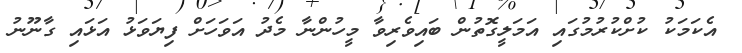
އެކަމަކު ކުށްކުރުމުގައި އަމަލީގޮތުން ބައިވެރިވާ މީހުންނާ މެދު އަވަހަށް ފިޔަވަޅު އަޅައި ގާނޫނު